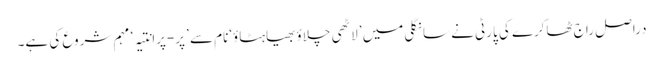
دراصل راج ٹھاکرے کی پارٹی نے سانگلی میں ’لاٹھی چلاؤبھیاہٹاؤ‘نام سے ’پر-پرانتیہ‘ مہم شروع کی ہے۔